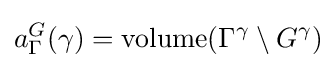
a_{\Gamma }^{G}(\gamma )={\text{volume}}(\Gamma ^{\gamma }\setminus G^{\gamma })